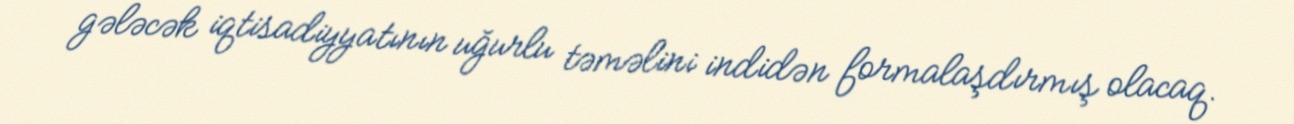
gələcək iqtisadiyyatının uğurlu təməlini indidən formalaşdırmış olacaq.